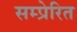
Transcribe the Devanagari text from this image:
सम्प्रेरित